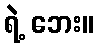
ရဲ့ ဘေး။